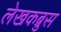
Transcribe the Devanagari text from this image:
लेखकब्रुस